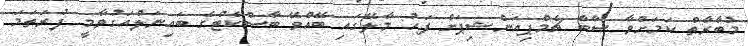
މުބާރާތް ކަމަށްވާ ސާބާ ޗެމްޕިއަންޝިޕަށް ފަހު މާލޭގައި ބޭއްވޭ ބާސްކެޓްގެ ބައިނަލްއަގުވާމީ ފުރަތަމަ